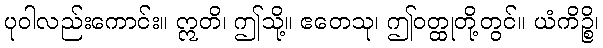
ပုဝါလည်းကောင်း။ ဣတိ၊ ဤသို့။ ဧတေသု၊ ဤဝတ္ထုတို့တွင်။ ယံကိဉ္စိ၊